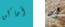
أماكن إن